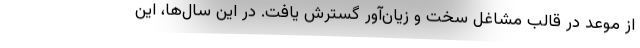
از موعد در قالب مشاغل سخت و زیان‌آور گسترش یافت. در این سال‌ها، این